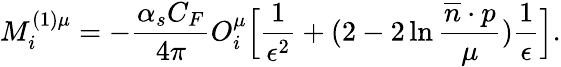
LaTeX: M_{i}^{(1)\mu}=-\frac{\alpha_{s}C_{F}}{4\pi}O_{i}^{\mu}\Bigl[\frac{1}{\epsilon^{2}}+(2-2\ln\frac{\overline{{{n}}}\cdot p}{\mu})\frac{1}{\epsilon}\Bigr].